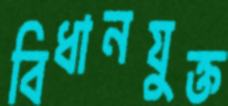
বিধানযুক্ত